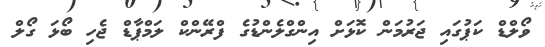
ވޯލްޑް ކަޕުގައި ޖަރުމަން ކޮޅަށް އިންގްލެންޑުގެ ފްރޭންކް ލަމްޕާޑް ޖެހި ބޯޅަ ގޯލް